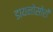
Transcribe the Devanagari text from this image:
डायनोसोरों